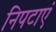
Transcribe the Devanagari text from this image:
निपटाएं